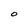
Character: O